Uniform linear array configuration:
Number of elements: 4
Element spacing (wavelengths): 0.25
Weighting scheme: cosine
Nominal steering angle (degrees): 30
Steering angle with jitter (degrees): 28.863
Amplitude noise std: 0.05
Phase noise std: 0.05

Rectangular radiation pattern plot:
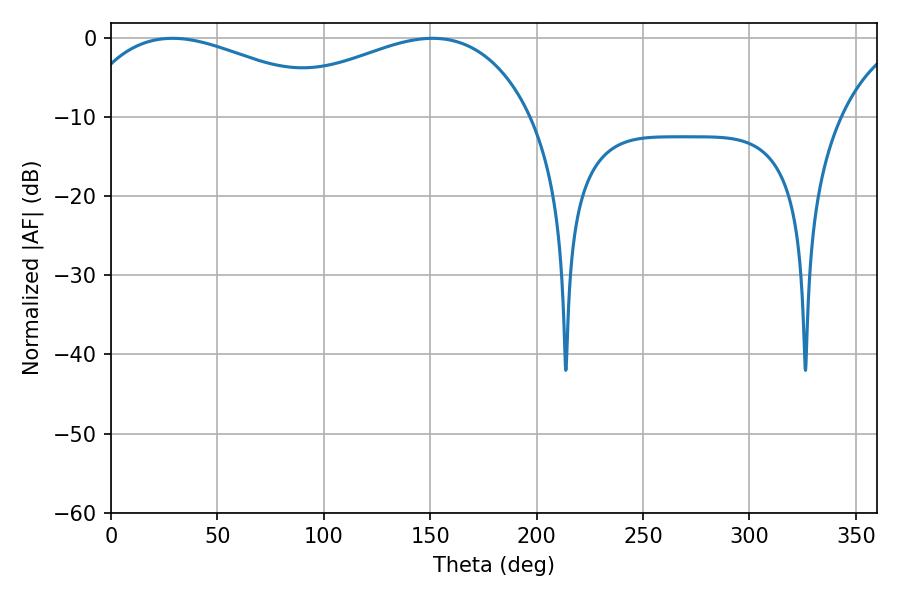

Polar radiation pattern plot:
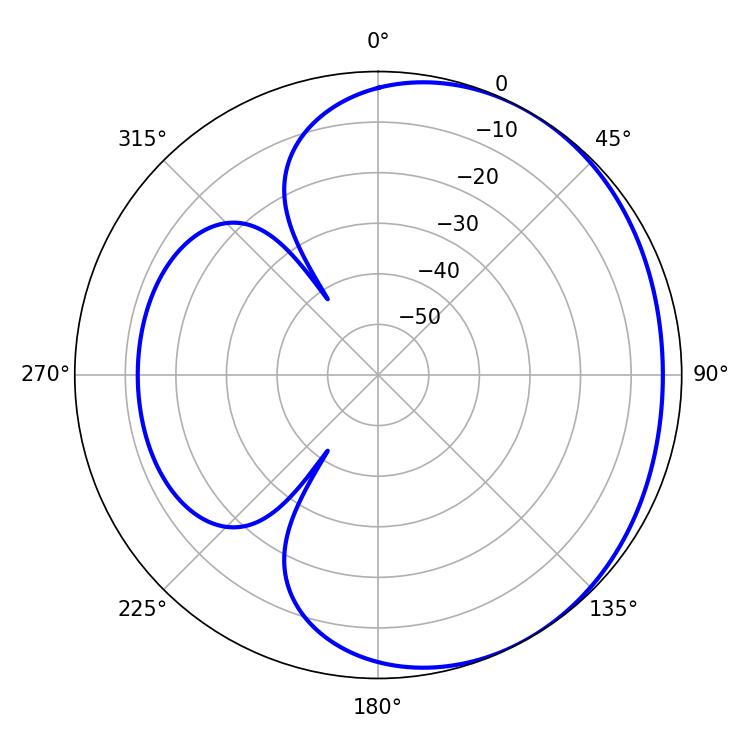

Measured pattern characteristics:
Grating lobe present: FALSE
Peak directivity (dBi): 2.043
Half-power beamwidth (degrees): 71.1
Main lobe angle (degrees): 28.98